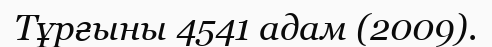
Тұрғыны 4541 адам (2009).